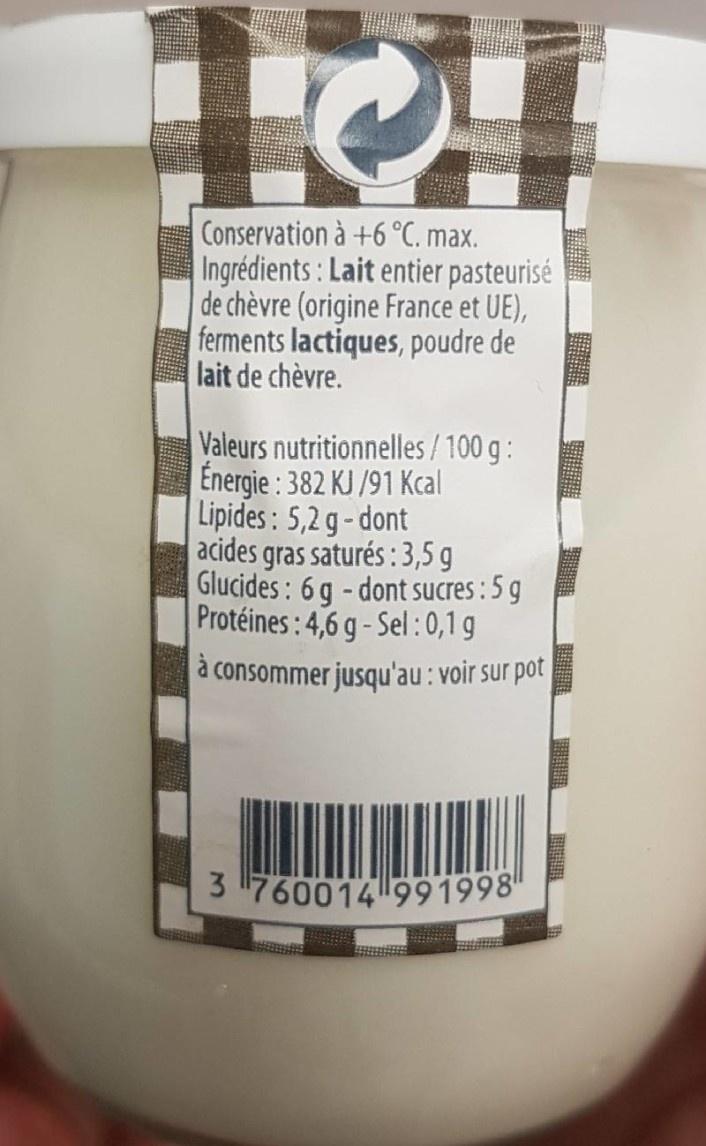
Conservation à +6 °C. max. Ingrédients: Lait entier pasteurisé de chèvre (origine France et UE), ferments lactiques, poudre de lait de chèvre.
Valeurs nutritionnelles / 100 g : Enrgie : 382 KJ /91 Kcal Lipides: 5,2 g- dont acides gras saturés :3,5 g Glucides: 6g-dont sucres: 5 g Protéines: 4,6 g- Sel :0,1 g
à consommer jusqu'au: voir sur pot
3 760014 991998"